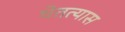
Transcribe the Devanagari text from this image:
घेतत्यास